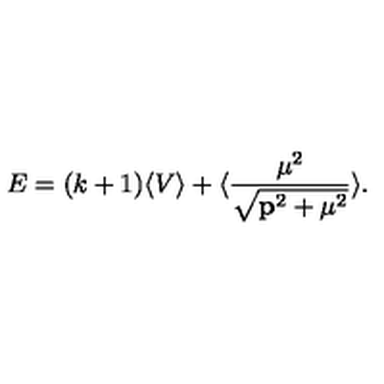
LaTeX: E = ( k + 1 ) \langle V \rangle + \langle { \frac { { \mu } ^ { 2 } } { \sqrt { { \bf p } ^ { 2 } + { \mu } ^ { 2 } } } } \rangle .